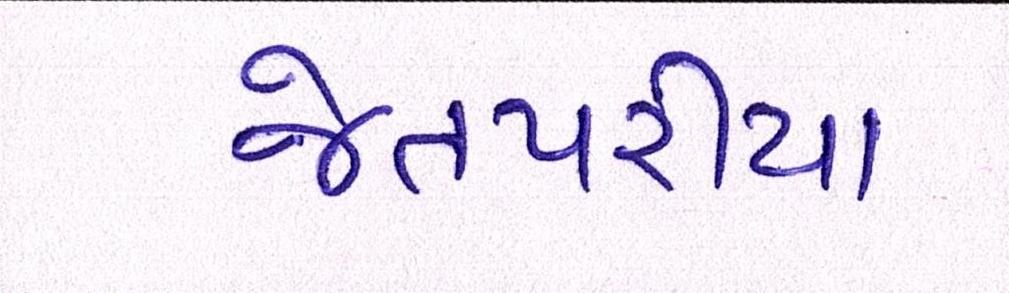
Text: જેતપરીયા